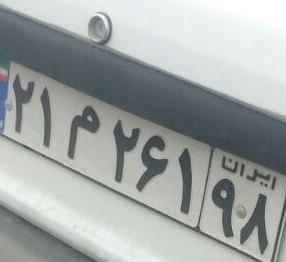
۲۱م۲۶۱۹۸